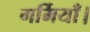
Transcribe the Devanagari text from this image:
गर्मियाँ।